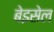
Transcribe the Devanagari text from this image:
बेइसेल